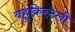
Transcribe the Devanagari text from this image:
बहुक्रिस्टली